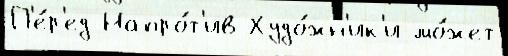
П'е́р'ед Напро́т'ив Худо́жн'ик'и мо́жет